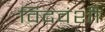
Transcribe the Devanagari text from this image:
विदवंशी